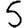
Digit: 5